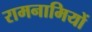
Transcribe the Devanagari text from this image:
रामनामियों